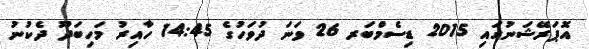
އޮޕަރޭޝަނުގައި 2015 ޑިސެމްބަރ 26 ވަނަ ދުވަހުގެ 14:45 ހާއިރު މަހިބަދޫ ދެކުނު